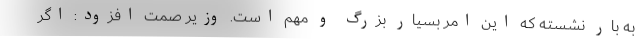
به بار نشسته که این امر بسیار بزرگ و مهم است. وزیر صمت افزود: اگر